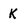
Character: K